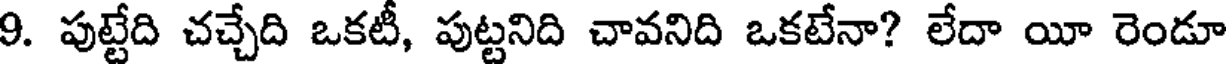
9. పుట్టేది చచ్చేది ఒకటీ, పుట్టనిది చావనిది ఒకటేనా? లేదా యీ రెండూ